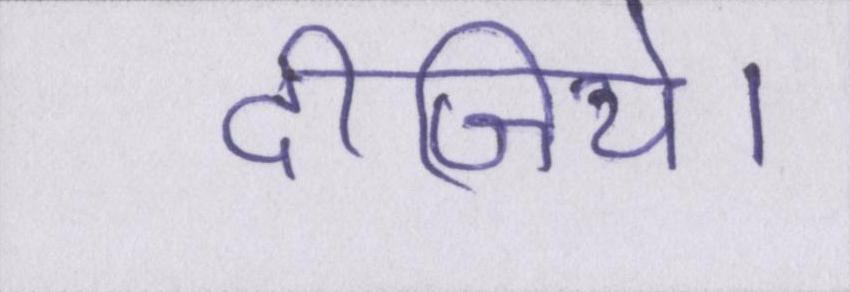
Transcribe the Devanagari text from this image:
दीजिये।